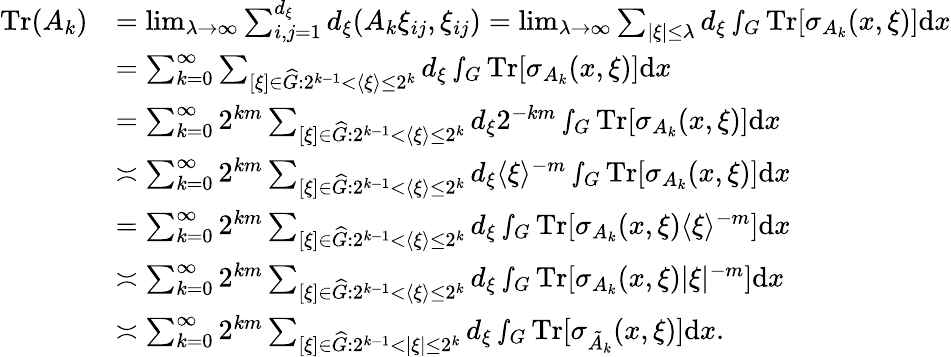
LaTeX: \begin{array}{rl}{\textnormal{Tr}(A_{k})}&{=\operatorname*{lim}_{\lambda\rightarrow\infty}\sum_{i,j=1}^{d_{\xi}}d_{\xi}(A_{k}\xi_{ij},\xi_{ij})=\operatorname*{lim}_{\lambda\rightarrow\infty}\sum_{|\xi|\leq\lambda}d_{\xi}\smallint_{G}\textnormal{Tr}[\sigma_{A_{k}}(x,\xi)]\textnormal{d}x}\\ &{=\sum_{k=0}^{\infty}\sum_{[\xi]\in\widehat{G}:2^{k-1}<\langle\xi\rangle\leq 2^{k}}d_{\xi}\smallint_{G}\textnormal{Tr}[\sigma_{A_{k}}(x,\xi)]\textnormal{d}x}\\ &{=\sum_{k=0}^{\infty}2^{km}\sum_{[\xi]\in\widehat{G}:2^{k-1}<\langle\xi\rangle\leq 2^{k}}d_{\xi}2^{-km}\smallint_{G}\textnormal{Tr}[\sigma_{A_{k}}(x,\xi)]\textnormal{d}x}\\ &{\asymp\sum_{k=0}^{\infty}2^{km}\sum_{[\xi]\in\widehat{G}:2^{k-1}<\langle\xi\rangle\leq 2^{k}}d_{\xi}\langle\xi\rangle^{-m}\smallint_{G}\textnormal{Tr}[\sigma_{A_{k}}(x,\xi)]\textnormal{d}x}\\ &{=\sum_{k=0}^{\infty}2^{km}\sum_{[\xi]\in\widehat{G}:2^{k-1}<\langle\xi\rangle\leq 2^{k}}d_{\xi}\smallint_{G}\textnormal{Tr}[\sigma_{A_{k}}(x,\xi)\langle\xi\rangle^{-m}]\textnormal{d}x}\\ &{\asymp\sum_{k=0}^{\infty}2^{km}\sum_{[\xi]\in\widehat{G}:2^{k-1}<\langle\xi\rangle\leq 2^{k}}d_{\xi}\smallint_{G}\textnormal{Tr}[\sigma_{A_{k}}(x,\xi)|\xi|^{-m}]\textnormal{d}x}\\ &{\asymp\sum_{k=0}^{\infty}2^{km}\sum_{[\xi]\in\widehat{G}:2^{k-1}<|\xi|\leq 2^{k}}d_{\xi}\smallint_{G}\textnormal{Tr}[\sigma_{\tilde{A}_{k}}(x,\xi)]\textnormal{d}x.}\end{array}